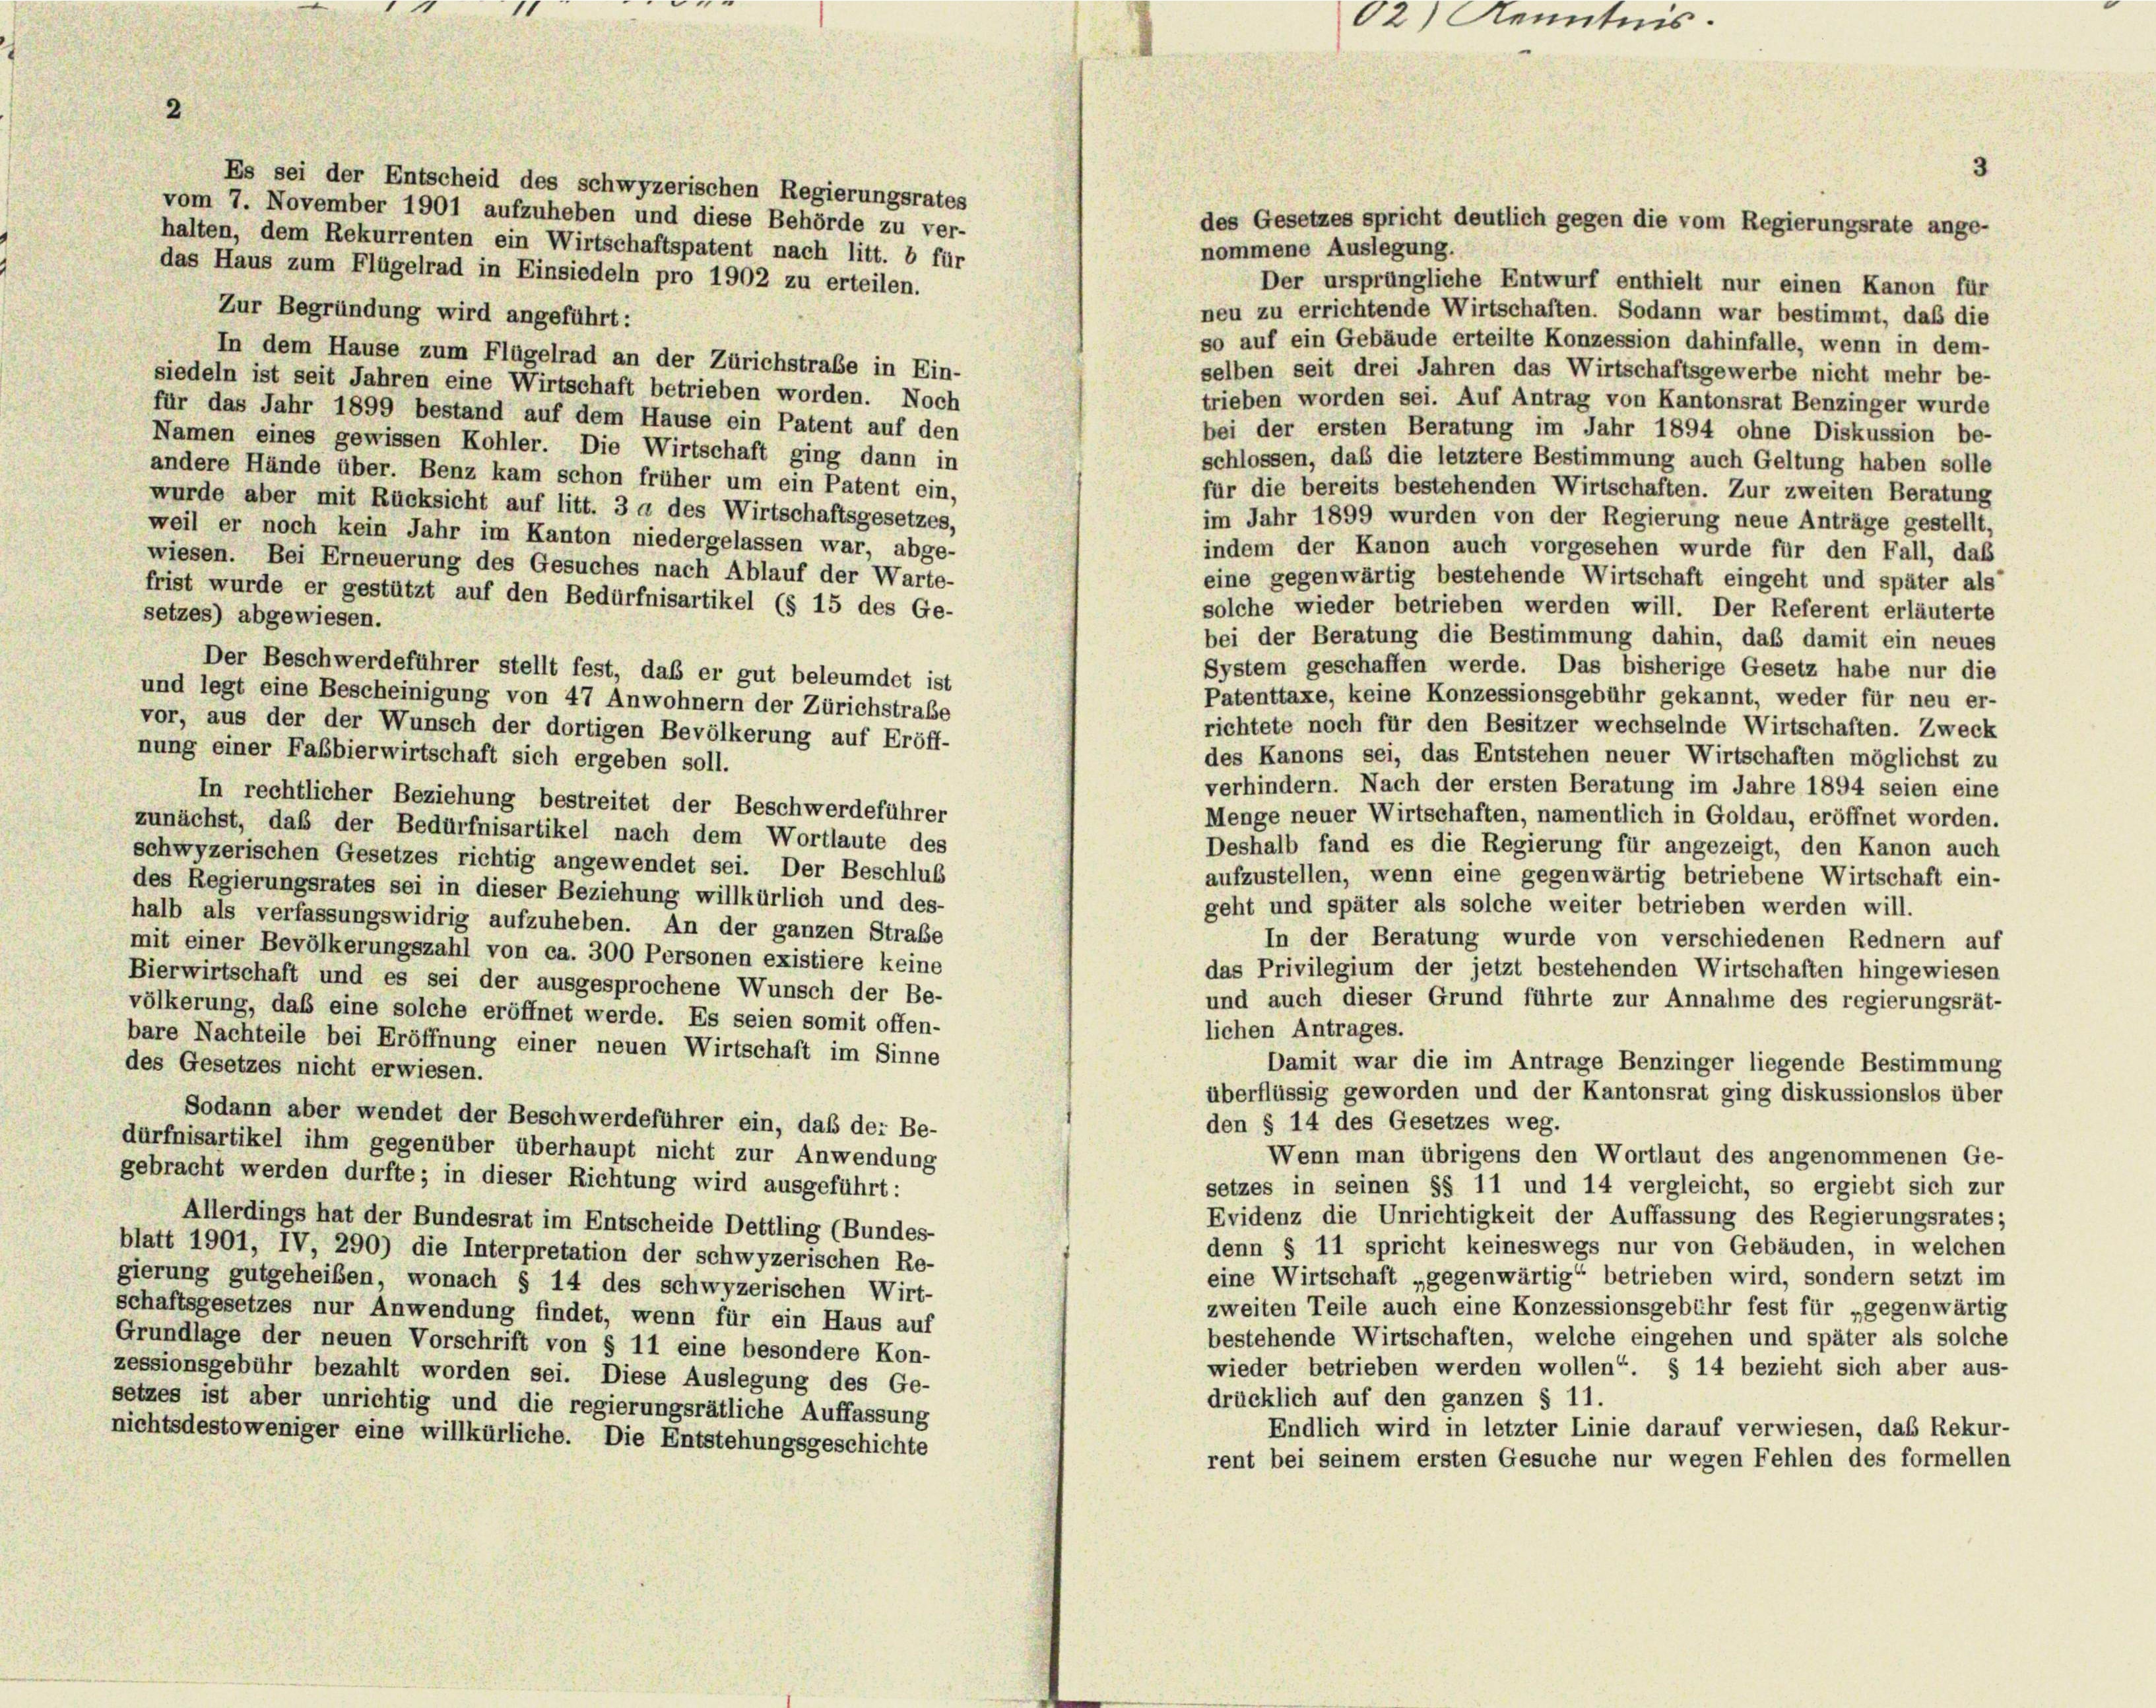
Es sei der Entscheid des schwyzerischen Regierungsrates
vom 7. November 1901 aufzuheben und diese Behörde zu ver-
halten, dem Rekurrenten ein Wirtschaftspatent nach litt. b für
nommene Auslegung.
das Haus zum Flügelrad in Einsiedeln pro 1902 zu erteilen.
Der ursprüngliche Entwurf enthielt nur einen Kanon für
neu zu errichtende Wirtschaften. Sodann war bestimmt, daß die
Zur Begründung wird angeführt:
so auf ein Gebäude erteilte Konzession dahinfalle, wenn in dem-
In dem Hause zum Flügelrad an der Zürichstraße in Ein-
selben seit drei Jahren das Wirtschaftsgewerbe nicht mehr be-
siedeln ist seit Jahren eine Wirtschaft betrieben worden. Noch
trieben worden sei. Auf Antrag von Kantonsrat Benzinger wurde
für das Jahr 1899 bestand auf dem Hause ein Patent auf den
bei der ersten Beratung im Jahr 1894 ohne Diskussion be-
Namen eines gewissen Kohler. Die Wirtschaft ging dann in
schlossen, daß die letztere Bestimmung auch Geltung haben solle
andere Hände über. Benz kam schon früher um ein Patent ein,
für die bereits bestehenden Wirtschaften. Zur zweiten Beratung
wurde aber mit Rücksicht auf litt. 3 a des Wirtschaftsgesetzes,
im Jahr 1899 wurden von der Regierung neue Anträge gestellt,
weil er noch kein Jahr im Kanton niedergelassen war, abge-
indem der Kanon auch vorgesehen wurde für den Fall, daß
wiesen. Bei Erneuerung des Gesuches nach Ablauf der Warte-
eine gegenwärtig bestehende Wirtschaft eingeht und später als
frist wurde er gestützt auf den Bedürfnisartikel (§ 15 des Ge-
solche wieder betrieben werden will. Der Referent erläuterte
setzes) abgewiesen.
bei der Beratung die Bestimmung dahin, daß damit ein neues
System geschaffen werde. Das bisherige Gesetz habe nur die
Der Beschwerdeführer stellt fest, daß er gut beleumdet ist
Patenttaxe, keine Konzessionsgebühr gekannt, weder für neu er-
und legt eine Bescheinigung von 47 Anwohnern der Zürichstraße
richtete noch für den Besitzer wechselnde Wirtschaften. Zweck
vor, aus der der Wunsch der dortigen Bevölkerung auf Eröff-
nung einer Fabbierwirtschaft sich ergeben soll.
des Kanons sei, das Entstehen neuer Wirtschaften möglichst zu
verhindern. Nach der ersten Beratung im Jahre 1894 seien eine
In rechtlicher Beziehung bestreitet der Beschwerdeführer
Menge neuer Wirtschaften, namentlich in Goldau, eröffnet worden.
zunächst, daß der Bedürfnisartikel nach dem Wortlaute des
Deshalb fand es die Regierung für angezeigt, den Kanon auch
schwyzerischen Gesetzes richtig angewendet sei. Der Beschlus
aufzustellen, wenn eine gegenwärtig betriebene Wirtschaft ein-
des Regierungsrates sei in dieser Beziehung willkürlich und des-
geht und später als solche weiter betrieben werden will.
halb als verfassungswidrig aufzuheben. An der ganzen Straße
In der Beratung wurde von verschiedenen Rednern auf
mit einer Bevölkerungszahl von ca. 300 Personen existiere keine
das Privilegium der jetzt bestehenden Wirtschaften hingewiesen
Bierwirtschaft und es sei der ausgesprochene Wunsch der Be-
und auch dieser Grund führte zur Annahme des regierungsrät-
völkerung, daß eine solche eröffnet werde. Es seien somit offen-
lichen Antrages.
bare Nachteile bei Eröffnung einer neuen Wirtschaft im Sinne
Damit war die im Antrage Benzinger liegende Bestimmung
des Gesetzes nicht erwiesen.
überflüssig geworden und der Kantonsrat ging diskussionslos über
Sodann aber wendet der Beschwerdeführer ein, daß der Be-
den § 14 des Gesetzes weg.
dürfnisartikel ihm gegenüber überhaupt nicht zur Anwendung
Wenn man übrigens den Wortlaut des angenommenen Ge-
gebracht werden durfte; in dieser Richtung wird ausgeführt:
setzes in seinen §§ 11 und 14 vergleicht, so ergiebt sich zur
Evidenz die Unrichtigkeit der Auffassung des Regierungsrates;
Allerdings hat der Bundesrat im Entscheide Dettling (Bundes-
denn § 11 spricht keineswegs nur von Gebäuden, in welchen
blatt 1901, IV, 290) die Interpretation der schwyzerischen Re-
eine Wirtschaft „gegenwärtig“ betrieben wird, sondern setzt im
gierung gutgeheiben, wonach § 14 des schwyzerischen Wirt-
zweiten Teile auch eine Konzessionsgebühr fest für „gegenwärtig
schaftsgesetzes nur Anwendung findet, wenn für ein Haus auf
bestehende Wirtschaften, welche eingehen und später als solche
Grundlage der neuen Vorschrift von § 11 eine besondere Kon-
wieder betrieben werden wollen“. § 14 bezieht sich aber aus-
zessionsgebühr bezahlt worden sei. Diese Auslegung des Ge-
drücklich auf den ganzen § 11.
setzes ist aber unrichtig und die regierungsrätliche Auffassung
Endlich wird in letzter Linie darauf verwiesen, daß Rekur-
nichtsdestoweniger eine willkürliche. Die Entstehungsgeschichte
rent bei seinem ersten Gesuche nur wegen Fehlen des formellen

02) Kenntnis.

des Gesetzes spricht deutlich gegen die vom Regierungsrate ange-